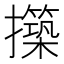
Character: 𭣊